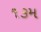
૧૩મ